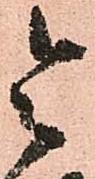
令